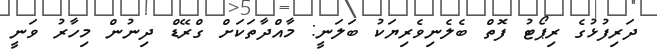
ދަރިފުޅުގެ ރިޕޯޓު ފޮތް ބެލެނިވެރިޔަކު ބަލަނީ: މާއްދާތަކަށް ގްރޭޑް ދިނުން މިހާރު ވަނީ